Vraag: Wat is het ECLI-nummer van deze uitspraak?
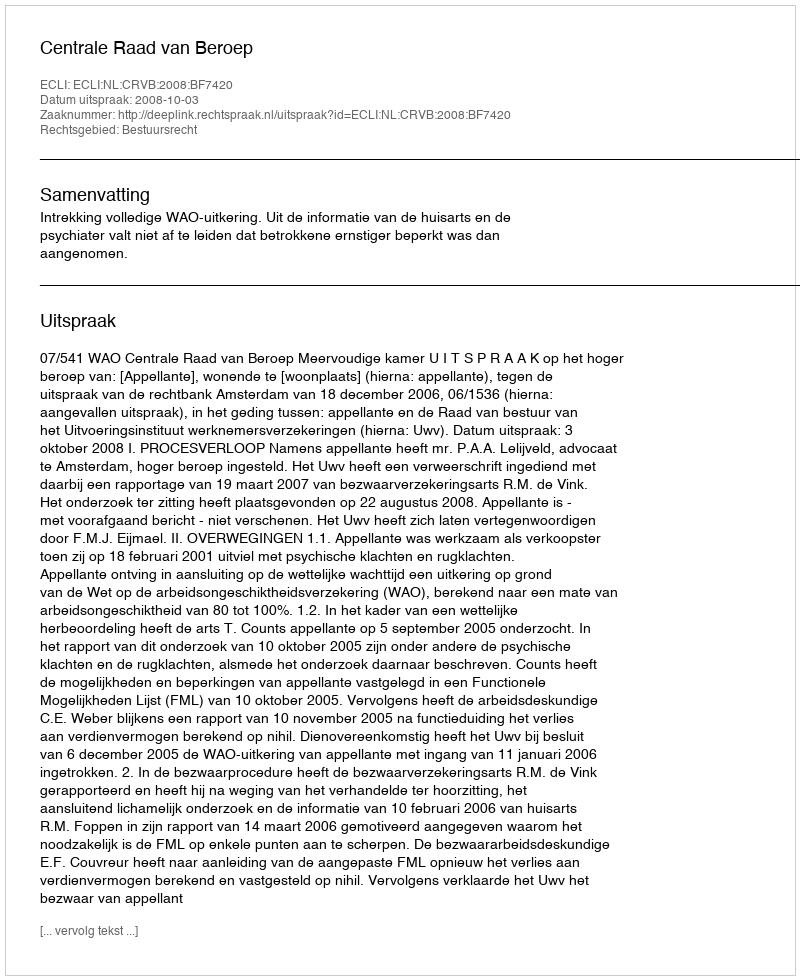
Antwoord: ECLI:NL:CRVB:2008:BF7420